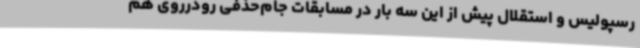
رسپولیس و استقلال پیش از این سه بار در مسابقات جام‌حذفی رودرروی هم